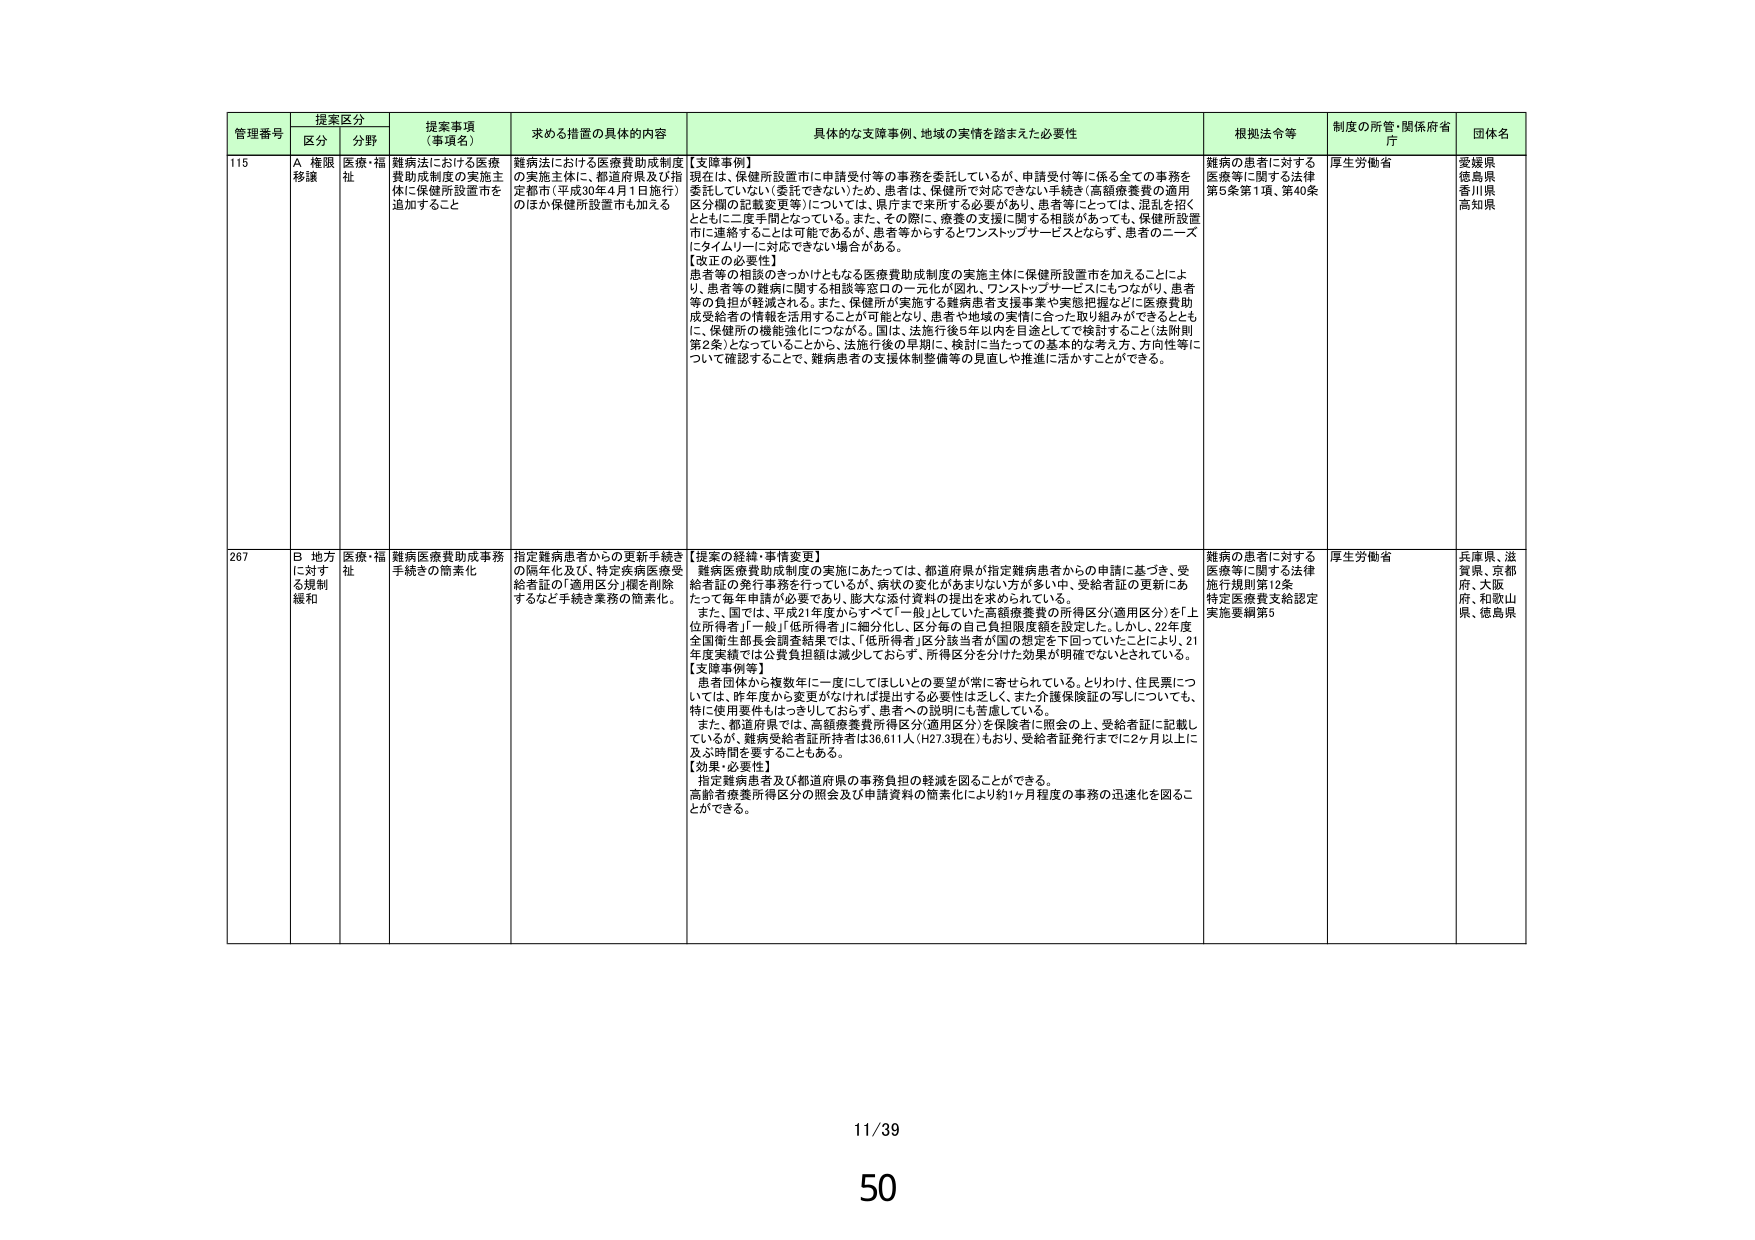
管理番号 提案区分 提案事項（事項名） 求める措置の具体的内容 具体的な支援事例、地域の実情を踏まえた必要性 根拠法令等 制度の所管・関係府省庁 団体名
区分 分野
115 A 権限移譲 医療・福祉 難病法における医療費助成制度の実施主体に保健所設置市を追加すること 難病法における医療費助成制度の実施主体に、都道府県及び指定都市（平成30年4月1日施行）のほか保健所設置市も加える 【支援事例】現在は、保健所設置市に申請受付等の事務を委託しているが、申請受付等に係る全ての事務を委託していない（委託できない）ため、患者は、保健所で対応できない手続き（高額療養費の適用区分欄の記載変更等）については、県庁まで来所する必要があり、患者等にとっては、混乱を招くとともに二度手間となっている。また、その際に、療養の支援に関する相談があっても、保健所設置市に連絡することは可能であるが、患者等からするとワンストップサービスとならず、患者のニーズにタイムリーに対応できない場合がある。 【改正の必要性】患者等の相談のきっかけともなる医療費助成制度の実施主体に保健所設置市を加えることにより、患者等の難病に関する相談等窓口の一体化が図れ、ワンストップサービスにもつながり、患者等の負担が軽減される。また、保健所が実施する難病患者支援事業や意思把握などに医療費助成受給者の情報が活用することが可能となり、患者や地域の実情に合った取り組みができるとともに、保健所の機能強化につながる。国は、法施行後5年以内を目途として検討すること（法附則第2条）となっていることから、法施行後の早期に、検討に当たっての基本的な考え方、方向性等について確認することで、難病患者の支援体制整備等の見直しや推進に活かすことができる。 難病の患者に対する医療等に関する法律第5条第1項、第40条 厚生労働省 愛媛県 徳島県 香川県 高知県
267 B 地方に対する規制緩和 医療・福祉 難病医療費助成事務手続きの簡素化 指定難病患者からの更新手続きの簡素化及び、特定疾病医療受給者証の「適用区分」欄を削除するなど手続き業務の簡素化 【提案の経緯・事情変更】難病医療費助成制度の実施にあたっては、都道府県が指定難病患者からの申請に基づき、受給者証の発行事務を行っているが、病状の変化があまりない方が多い中、受給者証の更新にあたって毎年申請が必要であり、膨大な添付資料の提出を求められている。また、国では、平成21年度からすべて「一般」としていた高額療養費の所得区分（適用区分）を「上位所得者」「一般」「低所得者」に細分化し、区分毎の自己負担限度額を設定した。しかし、22年度全国衛生部長会調査結果では、「低所得者」区分該当者が国の想定を下回っていたことにより、21年度実績では公費負担額は減少しており、所得区分を分けた効果が明確でないされている。 【支援事例等】患者団体から複数年に一度にしてほしいとの要望が常に寄せられている。とりわけ、住民票については、昨年度から変更がなければ提出する必要性は乏しく、また介護保険証の写しについても、特に使用要件もはっきりしておらず、患者への説明にも苦慮している。また、都道府県では、高額療養費所得区分（適用区分）を保険者に照会の上、受給者証に記載しているが、難病受給者証所持者は36,611人（H27.3現在）もおり、受給者証発行までに2ヶ月以上に及ぶ時間を要することもある。 【効果・必要性】指定難病患者及び都道府県の事務負担の軽減を図ることができる。高齢者療養所得区分の照会及び申請資料の簡素化により約1ヶ月程度の事務の迅速化を図ることができる。 難病の患者に対する医療等に関する法律施行規則第12条 特定医療費支給認定実施要綱第6 厚生労働省 兵庫県、滋賀県、京都府、大阪府、和歌山県、徳島県
11/39
50